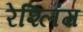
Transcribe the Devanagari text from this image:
रेश्लिंग